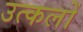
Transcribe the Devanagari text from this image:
उत्कलों